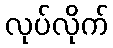
လုပ်လိုက်